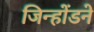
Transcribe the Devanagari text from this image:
जिन्होंडने